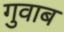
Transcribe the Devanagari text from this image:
गुवाब